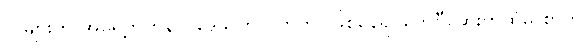
လများက အရှေ့ဘက်နာဂဒေသတွင် တိုက်ပွဲဖြစ်နေ၍ ကေဗီဆေးကိုထံမှ စာကို